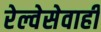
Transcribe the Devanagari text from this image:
रेल्वेसेवाही